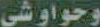
وحواوشى